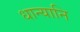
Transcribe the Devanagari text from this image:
धान्यानि